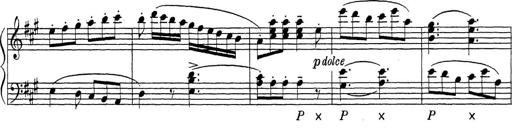
Title: ÄŒeskÃ© Sonatiny
Composer: Various